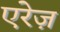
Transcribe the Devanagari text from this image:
एरेज़